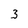
Character: 3